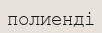
полиенді